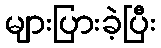
များပြားခဲ့ပြီး